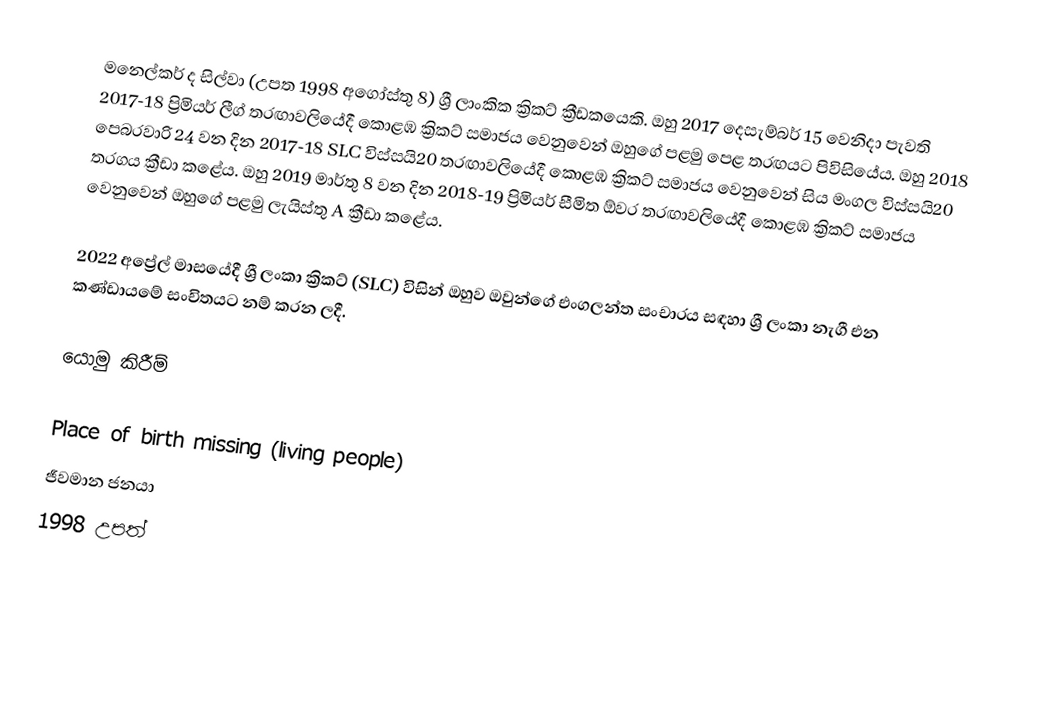
මනෙල්කර් ද සිල්වා (උපත 1998 අගෝස්තු 8) ශ්‍රී ලාංකික ක්‍රිකට් ක්‍රීඩකයෙකි. ඔහු 2017 දෙසැම්බර් 15 වෙනිදා පැවති 2017-18 ප්‍රිමියර් ලීග් තරඟාවලියේදී කොළඹ ක්‍රිකට් සමාජය වෙනුවෙන් ඔහුගේ පළමු පෙළ තරඟයට පිවිසියේය. ඔහු 2018 පෙබරවාරි 24 වන දින 2017-18 SLC විස්සයි20 තරඟාවලියේදී කොළඹ ක්‍රිකට් සමාජය වෙනුවෙන් සිය මංගල විස්සයි20 තරගය ක්‍රීඩා කළේය. ඔහු 2019 මාර්තු 8 වන දින 2018-19 ප්‍රිමියර් සීමිත ඕවර තරඟාවලියේදී කොළඹ ක්‍රිකට් සමාජය වෙනුවෙන් ඔහුගේ පළමු ලැයිස්තු A ක්‍රීඩා කළේය.

2022 අප්‍රේල් මාසයේදී ශ්‍රී ලංකා ක්‍රිකට් (SLC) විසින් ඔහුව ඔවුන්ගේ එංගලන්ත සංචාරය සඳහා ශ්‍රී ලංකා නැගී එන කණ්ඩායමේ සංචිතයට නම් කරන ලදී.

යොමු කිරීම්

Place of birth missing (living people)
ජීවමාන ජනයා
1998 උපත්